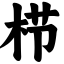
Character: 栉